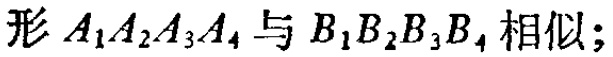
形 \(A_1A_2A_3A_4\) 与 \(B_1B_2B_3B_4\) 相似；